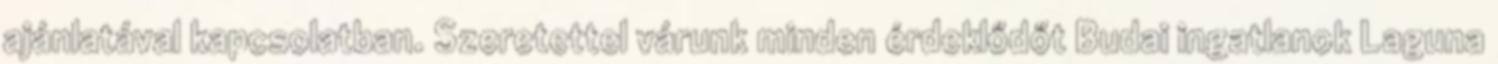
ajánlatával kapcsolatban. Szeretettel várunk minden érdeklődőt Budai ingatlanok Laguna